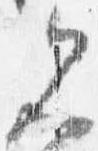
見